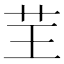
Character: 𦬬